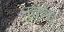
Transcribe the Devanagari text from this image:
नुतुला